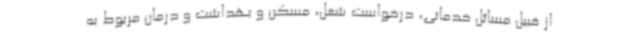
از قبیل مسائل خدماتی، درخواست شغل، مسکن و بهداشت و درمان مربوط به